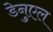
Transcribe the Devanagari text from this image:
डेनुएल